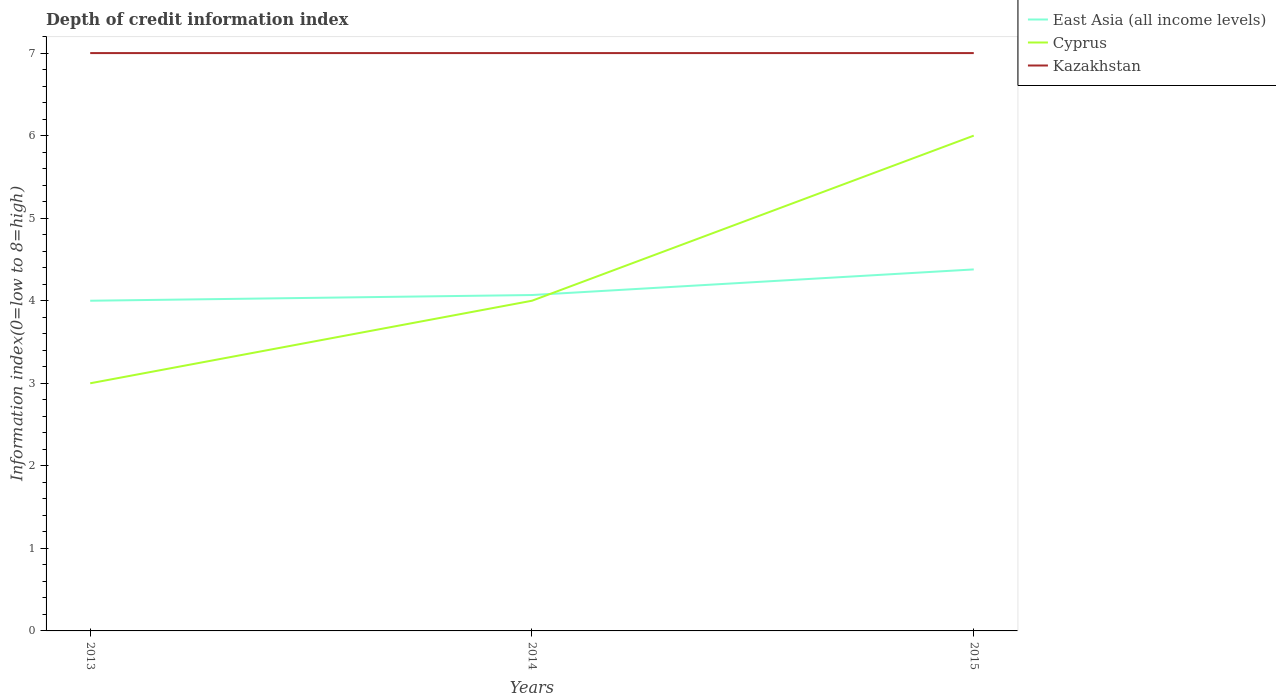
| Years | East Asia (all income levels) | Cyprus | Kazakhstan |
 | --- | --- | --- | --- |
 | 2013 | 4 | 3 | 7 |
 | 2014 | 4.07 | 4 | 7 |
 | 2015 | 4.38 | 6 | 7 |